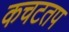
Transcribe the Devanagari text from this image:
कचटतप